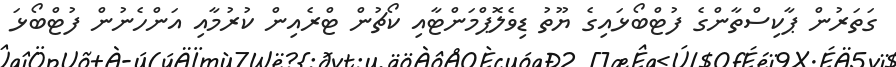
ގަތަރުން ޕާކިސްތާންގެ ފުޓްބޯޅައިގެ ޔޫތު ޑިވެލޮޕްމަންޓާއި ކޯޗުން ޓްރެއިން ކުރުމާއި އަންހެނުން ފުޓްބޯޅަ